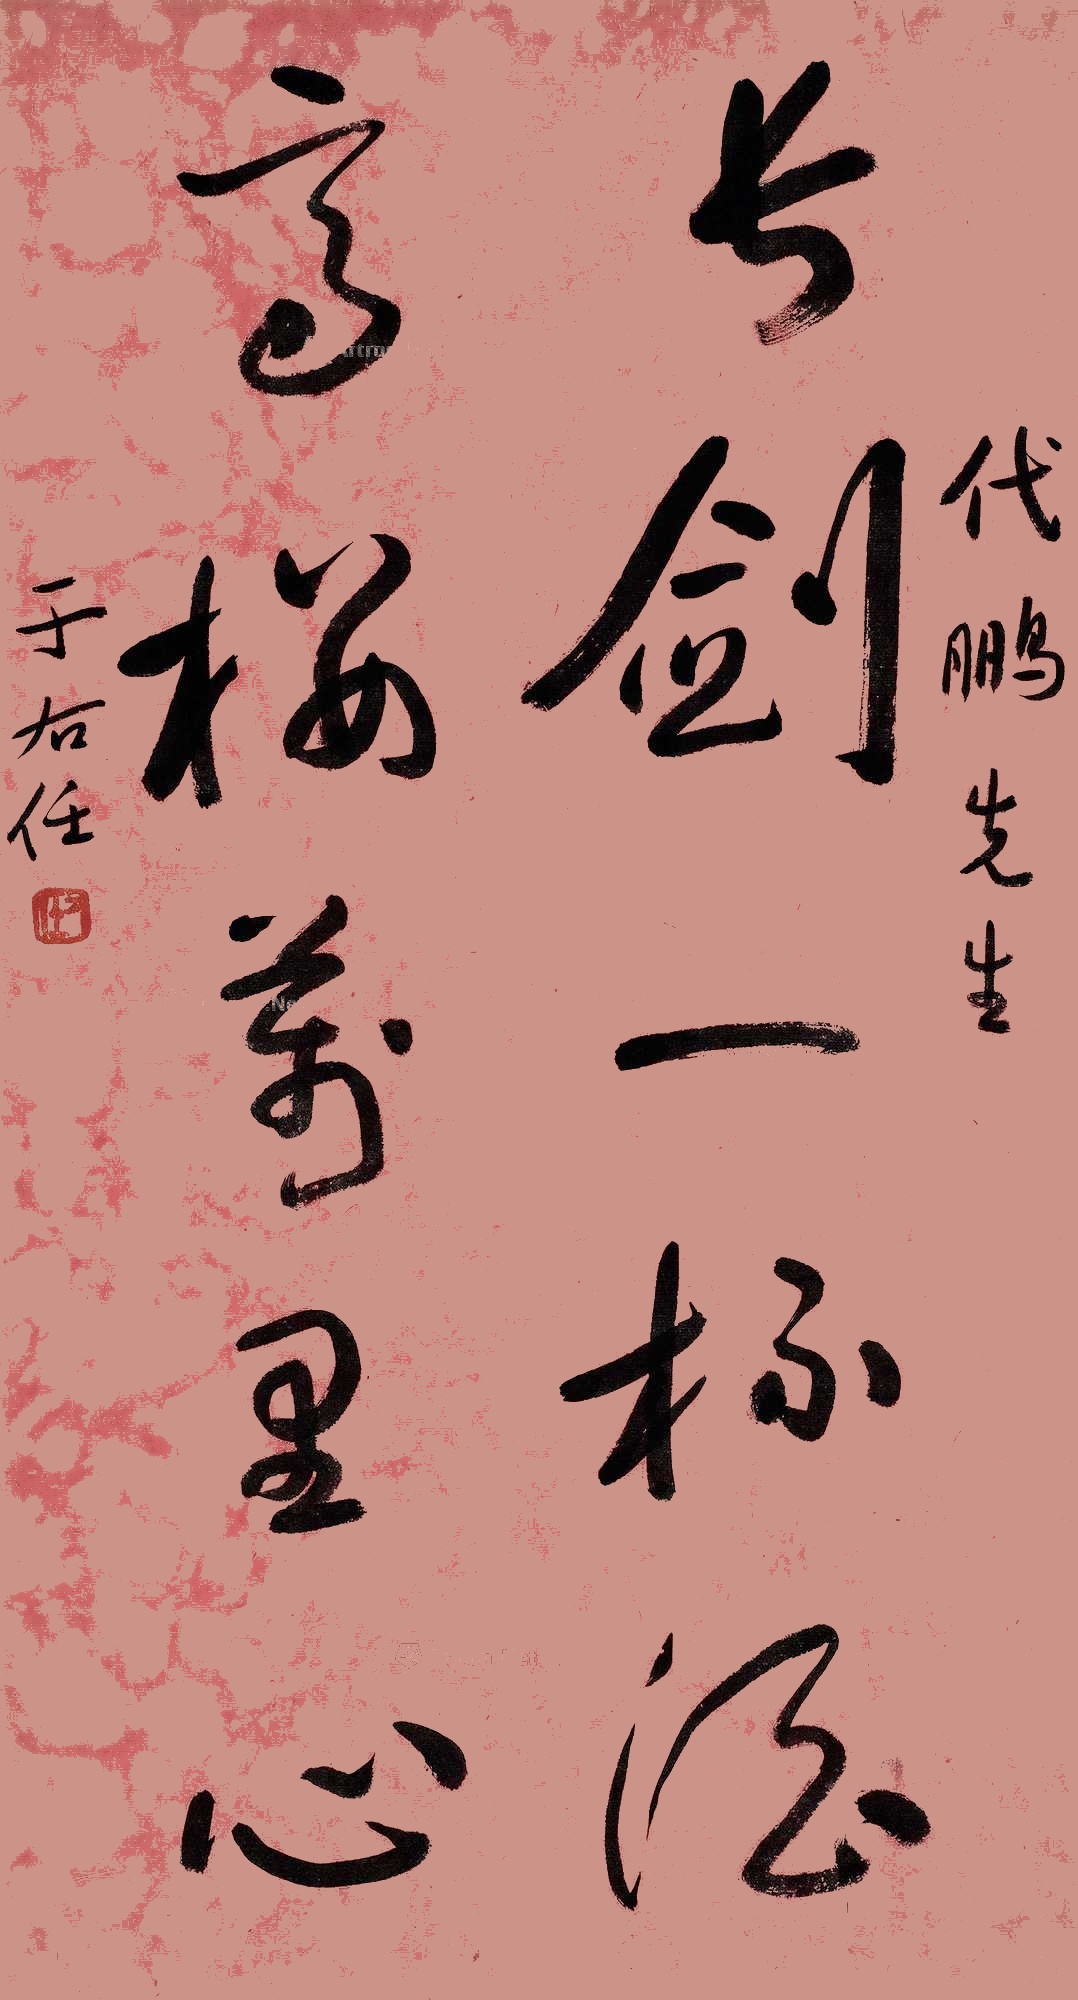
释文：长剑一杯酒，高楼万里心。代鹏先生，于右任。